Korporatsioon_Amicitia, lk 12
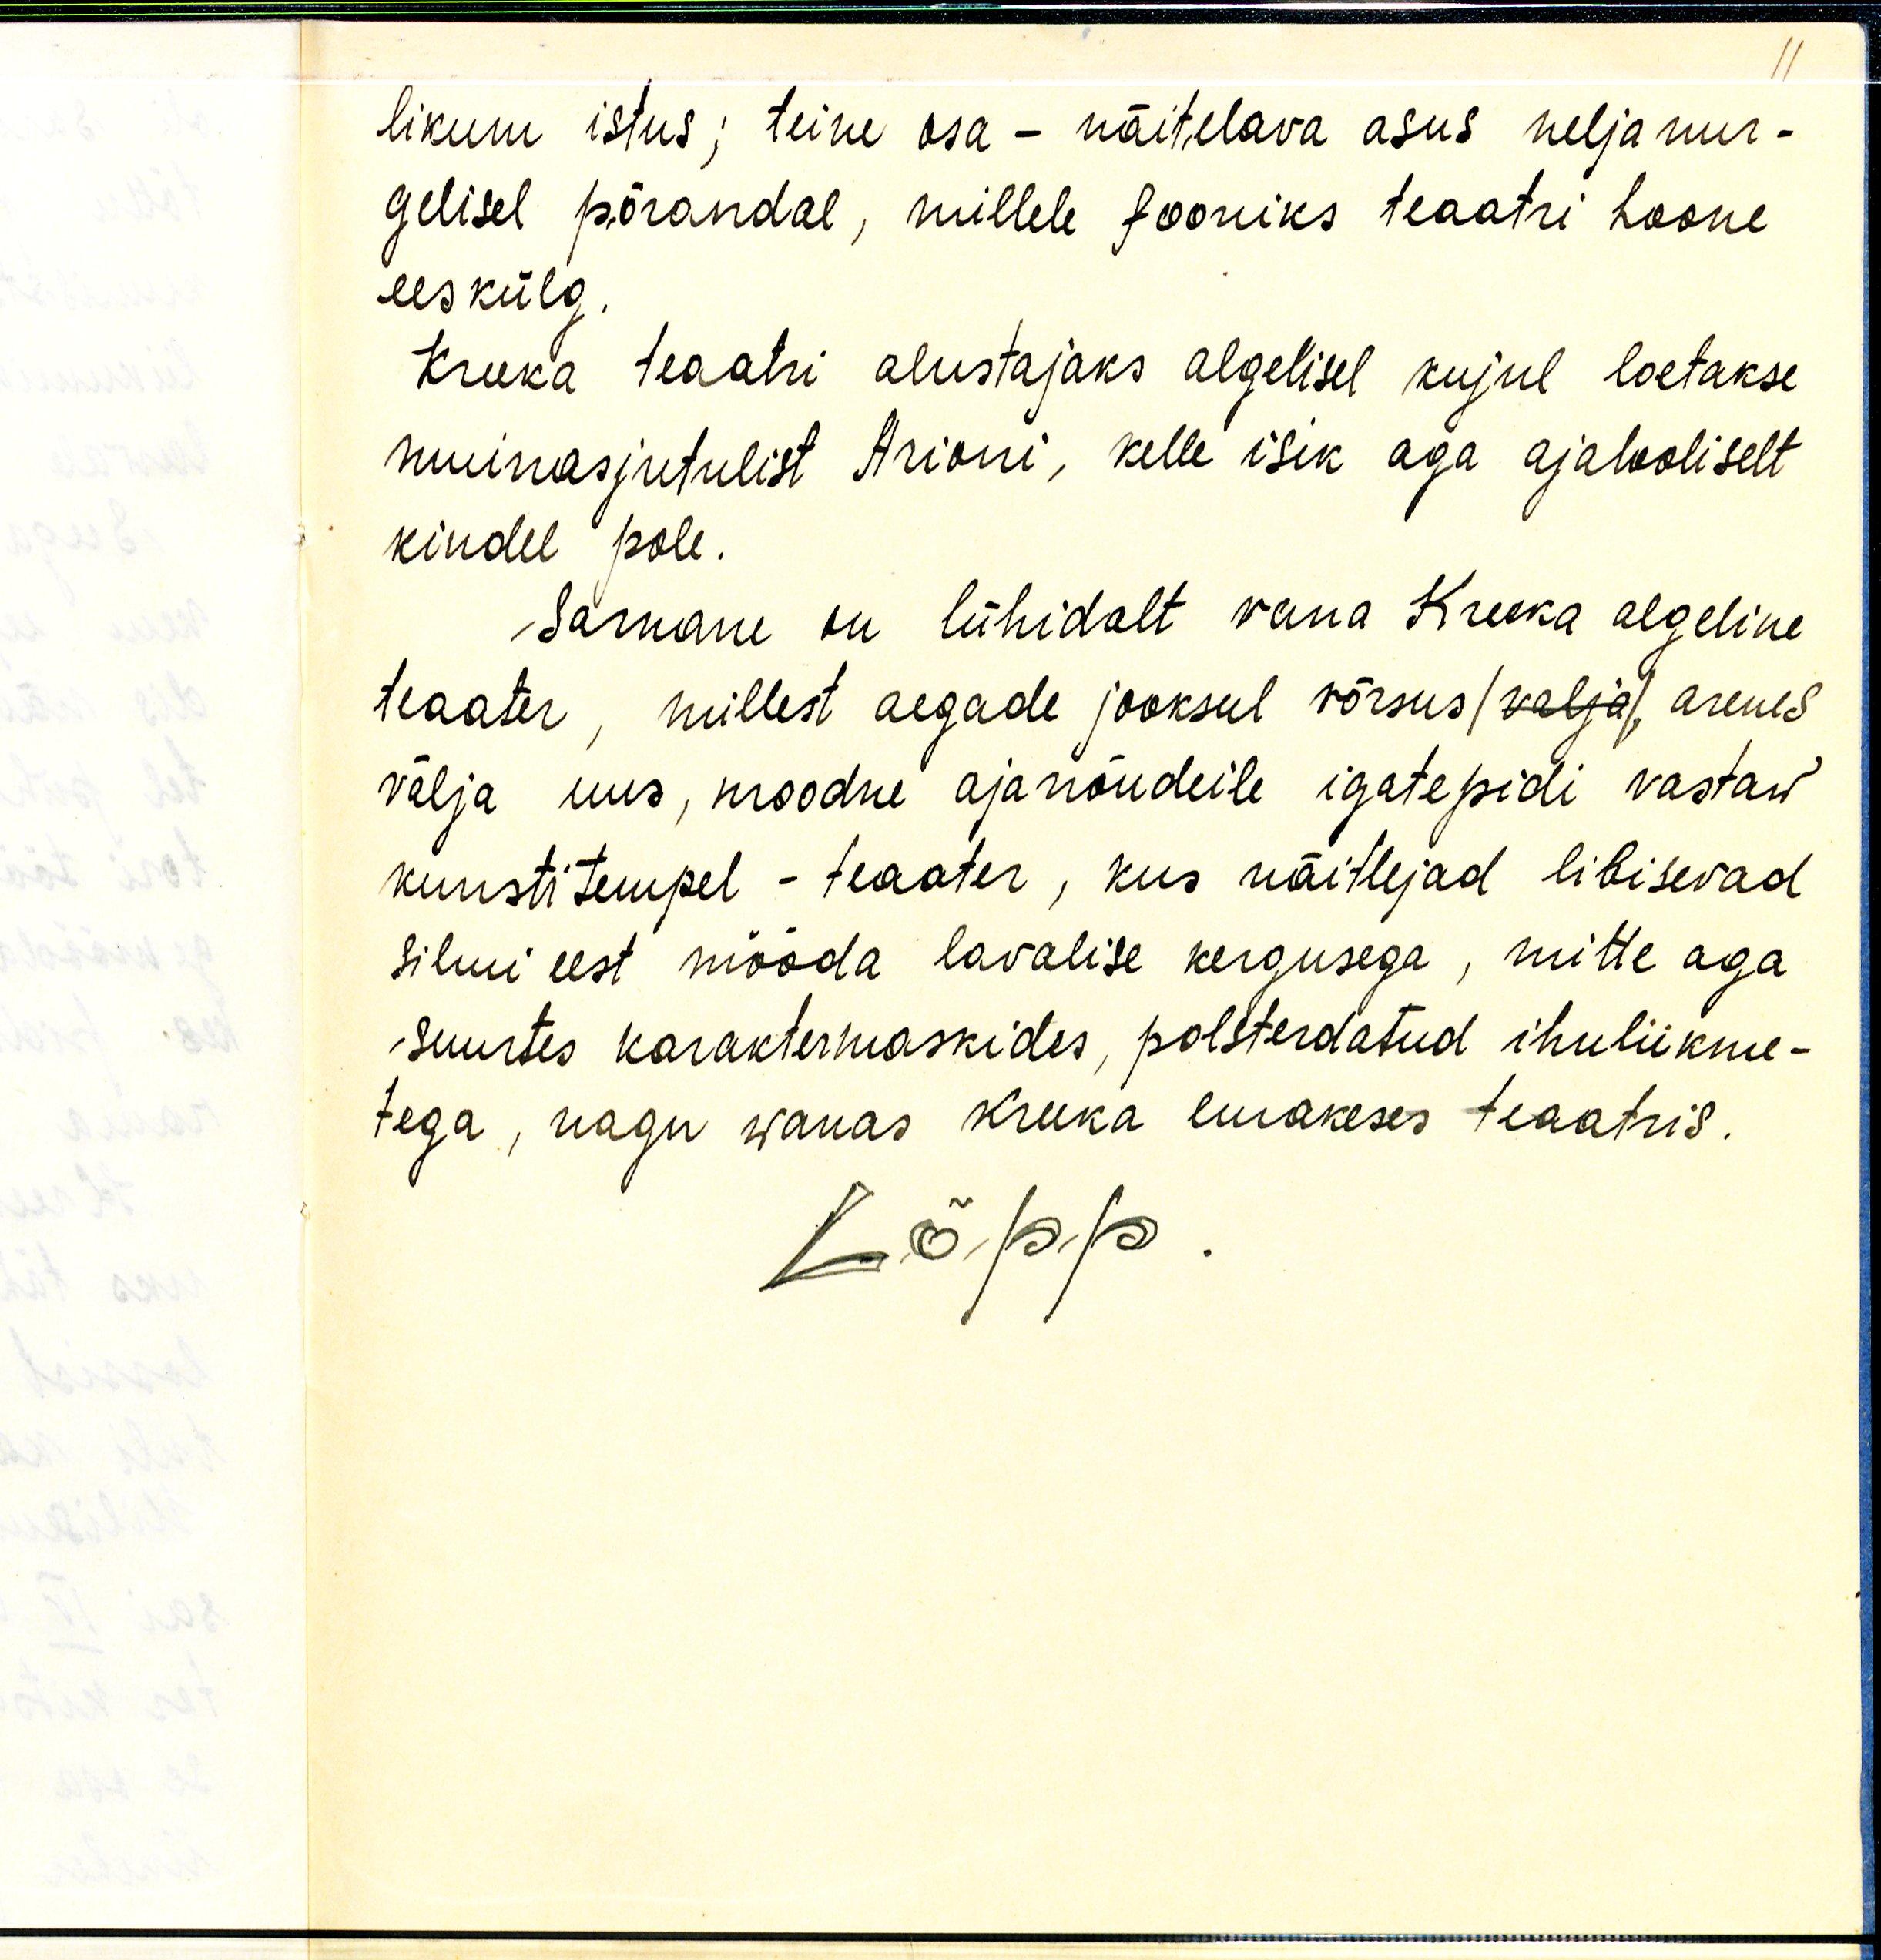
11

likum istus; teine osa - näitelava asus nelja nur-
gelisel põrandal, millele fooniks teaatri hoone
eeskülg.
Kreeka teaatri alustajaks algelisel kujul loetakse
muinasjutulist Arioni, kelle isik aga ajalooliselt
kindel pole.
Sarnane on lühidalt vana Kreeka algeline
teaater, millest aegade jooksul võrsus/ välja/, arenes
välja uus, moodne aja nõudeile igatepidi vastaw
kunstitempel - teaater, kus näitlejad libisevad
silmi eest mööda lavalise kergusega, mitte aga
suurtes karaktermaskides, polsterdatud ihuliikme-
tega, nagu wanas kreeka emakeses teaatris.
Lõpp